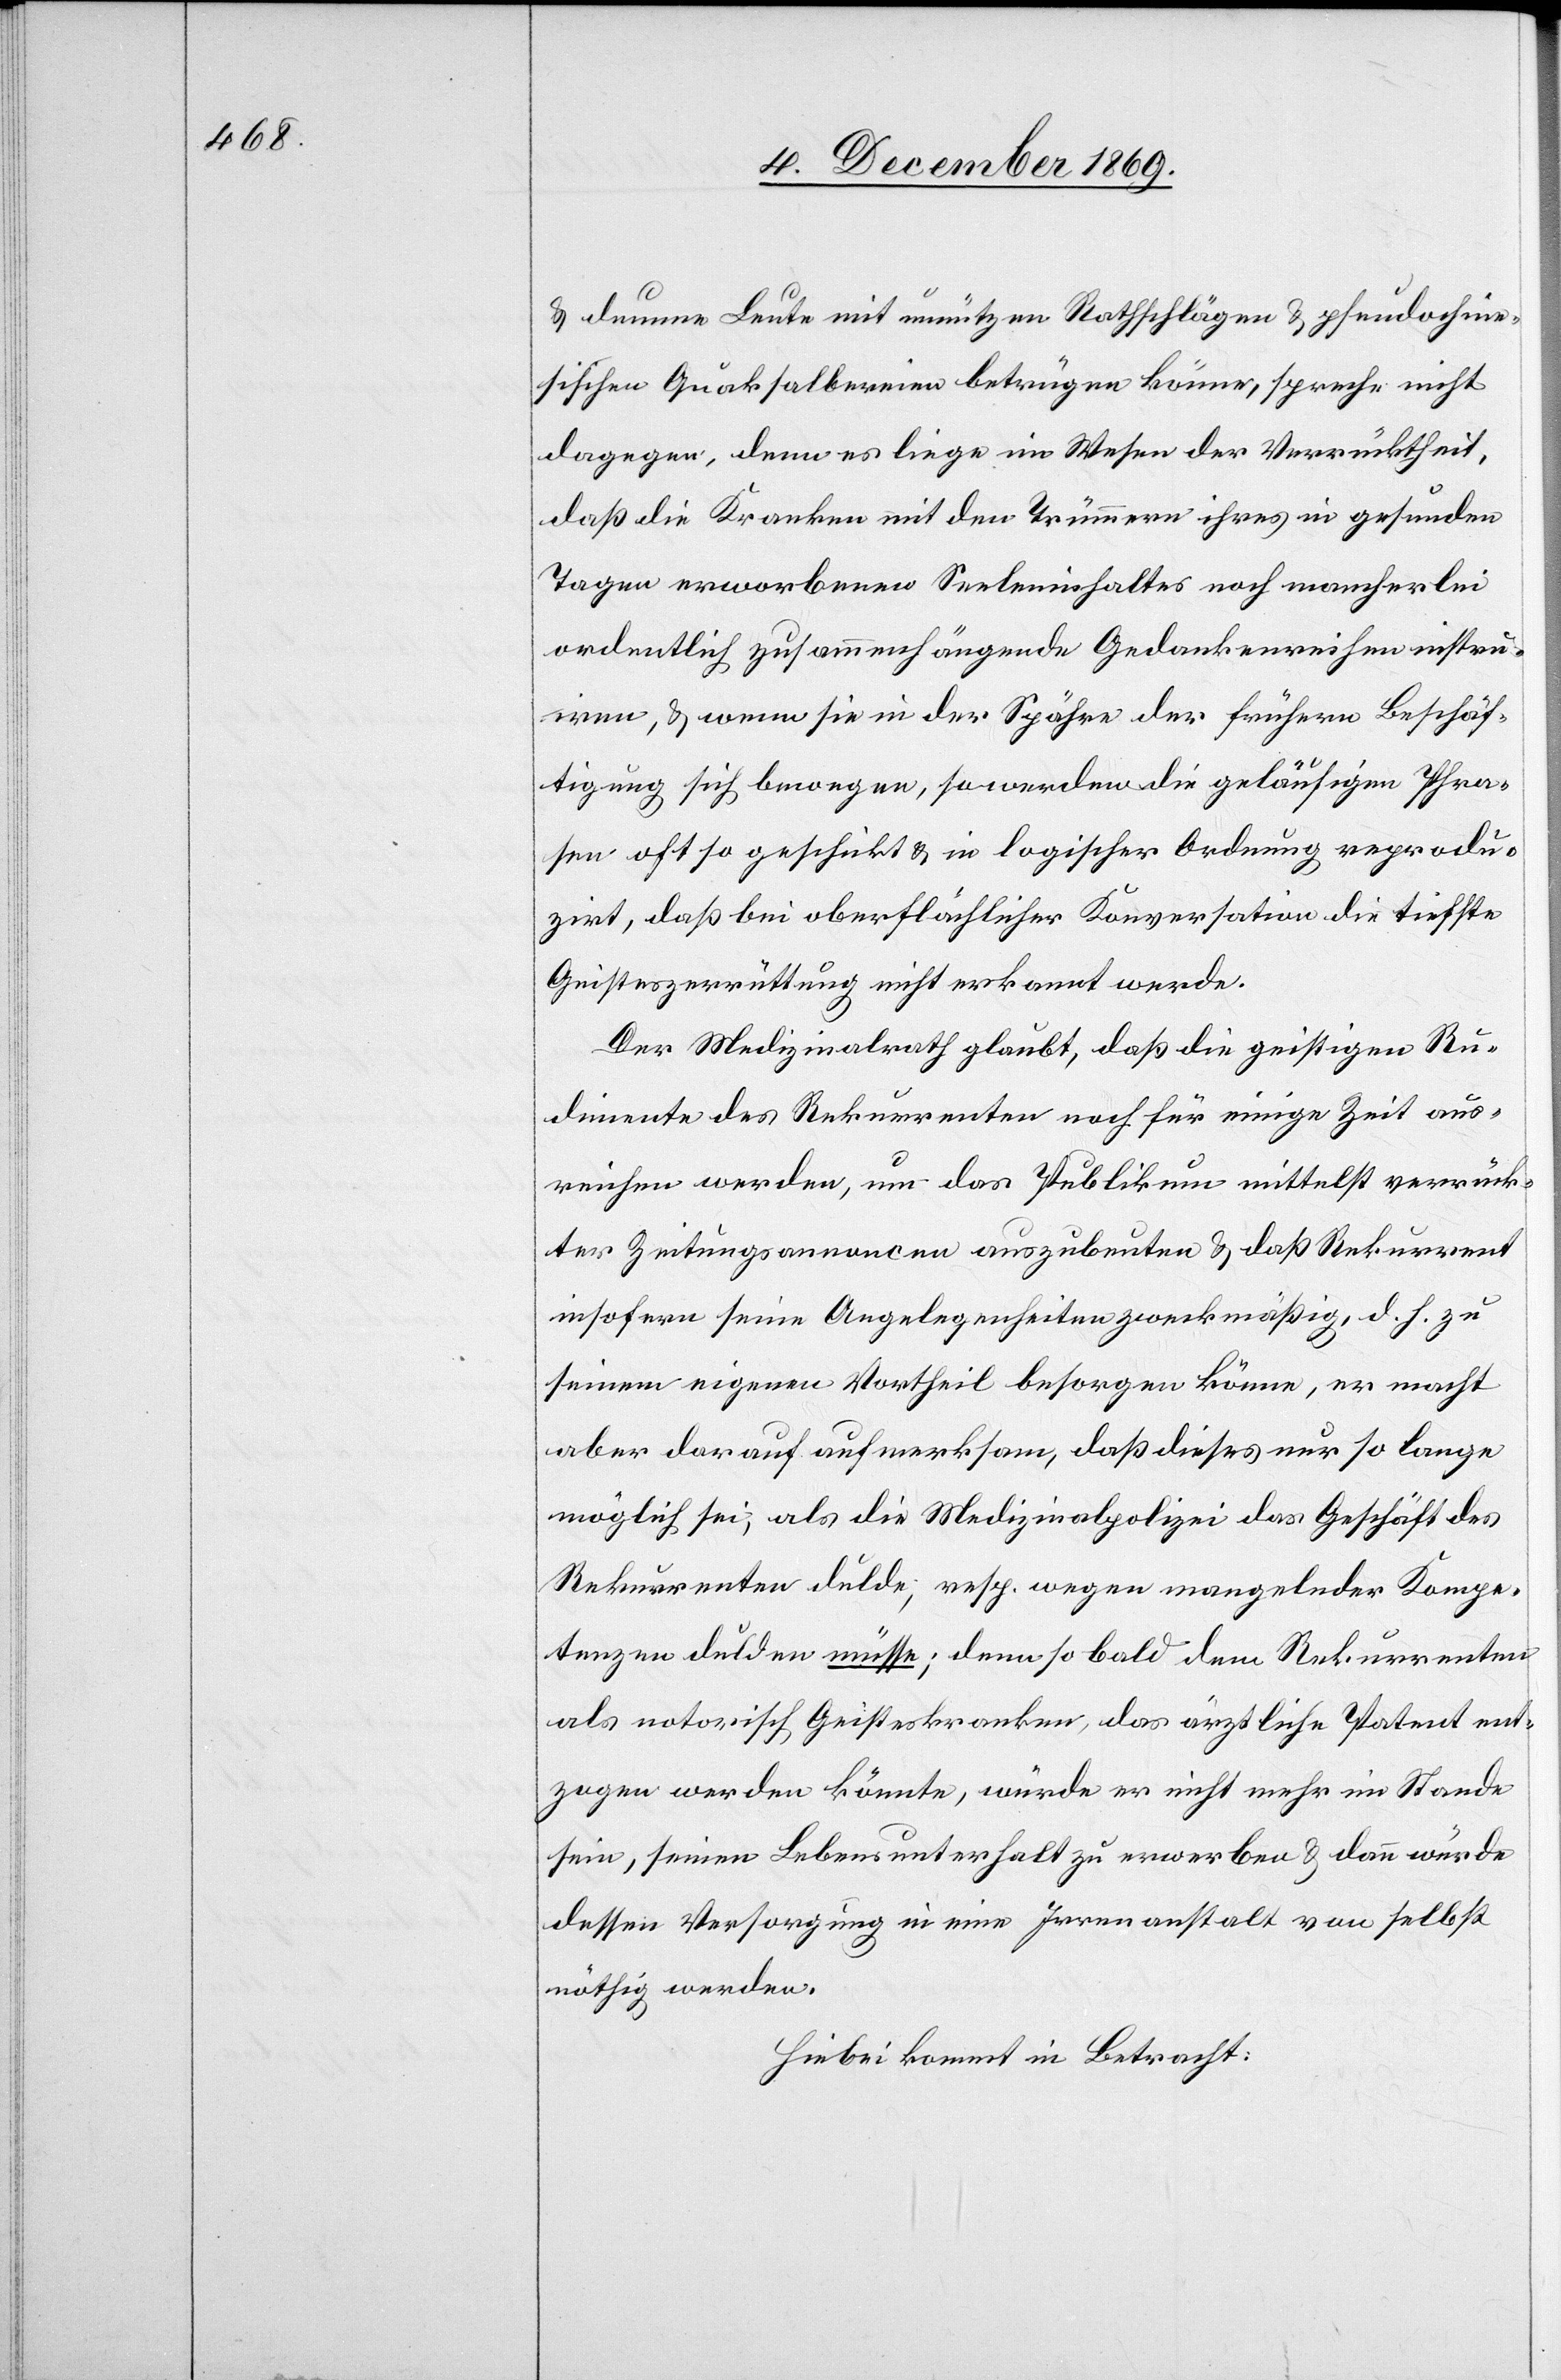
& dumme Leute mit unnützen Rathschlägen & pseudochine¬
sischen Quaksalbereien betrügen könne, spreche nicht
dagegen, denn es liege im Wesen der Verrücktheit,
daß die Kranken mit den Trümmern ihres in gesunden
Tagen erworbenen Seeleninhaltes noch mancherlei
ordentlich zusammenhängende Gedankenreihen instru¬
iren, & wenn sie in der Spähre der frühern Beschäf¬
tigung sich bewegen, so werden die geläufigen Phra¬
sen oft so geschickt & in logischer Ordnung reprodu¬
zirt, daß bei oberflächlicher Konversation die tiefste
Geisteszerrüttung nicht erkannt werde.
Der Medizinalrath glaubt, daß die geistigen Ru¬
dimente des Rekurrenten noch für einige Zeit aus¬
reichen werden, um das Publikum mittelst verrück¬
ter Zeitungsannoncen auszubeuten & daß Rekurrent
insofern seine Angelegenheiten zweckmäßig, d. h. zu
seinem eigenen Vortheil besorgen könne, er macht
aber darauf aufmerksam, daß dieses nur so lange
möglich sei, als die Medizinalpolizei das Geschäft des
Rekurrenten dulde; resp. wegen mangelnder Kompe¬
tenzen dulden müsse; denn so bald dem Rekurrenten
als notorisch Geisteskranken, das ärztliche Patent ent¬
zogen werden könnte, würde er nicht mehr im Stande
sein, seinen Lebensunterhalt zu erwerben & dann würde
dessen Versorgung in eine Irrenanstalt von selbst
nöthig werden.
Hiebei kommt in Betracht: